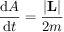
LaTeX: { \frac { \mathrm { d } A } { \mathrm { d } t } } = { \frac { \left| \mathbf { L } \right| } { 2 m } } \,